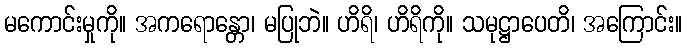
မကောင်းမှုကို။ အကရောန္တော၊ မပြုဘဲ။ ဟိရိ၊ ဟိရိကို။ သမုဋ္ဌာပေတိ၊ အကြောင်း။